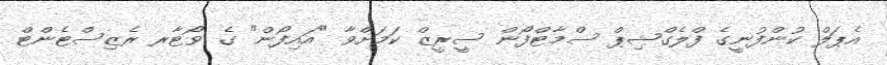
އެޕަލް ކުންފުނީގެ ފްލެގްޝިޕް ސްމާޓްފޯން ސީރީޒް ކަމަށްވާ "އައިފޯން" ގެ ވޯޓާރ ރެޒިސްޓެންޓް